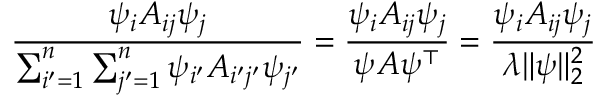
{ \frac { \psi _ { i } A _ { i j } \psi _ { j } } { \sum _ { i ^ { \prime } = 1 } ^ { n } \sum _ { j ^ { \prime } = 1 } ^ { n } \psi _ { i ^ { \prime } } A _ { i ^ { \prime } j ^ { \prime } } \psi _ { j ^ { \prime } } } } = { \frac { \psi _ { i } A _ { i j } \psi _ { j } } { \psi A \psi ^ { \top } } } = { \frac { \psi _ { i } A _ { i j } \psi _ { j } } { \lambda \| \psi \| _ { 2 } ^ { 2 } } }